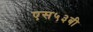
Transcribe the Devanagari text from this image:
एस५३बी